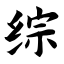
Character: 综